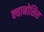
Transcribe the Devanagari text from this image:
क्यानोसिस